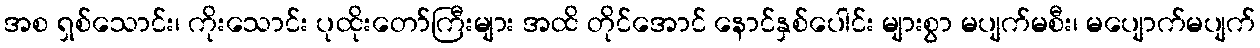
အစ ရှစ်သောင်း၊ ကိုးသောင်း ပုထိုးတော်ကြီးများ အထိ တိုင်အောင် နောင်နှစ်ပေါင်း များစွာ မပျက်မစီး၊ မပျောက်မပျက်